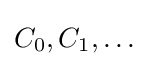
C_{0},C_{1},\dots